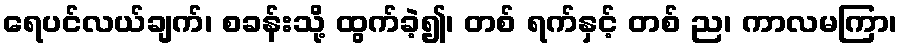
ရေပင်လယ်ချက်၊ စခန်းသို့ ထွက်ခဲ့၍၊ တစ် ရက်နှင့် တစ် ည၊ ကာလမကြာ၊